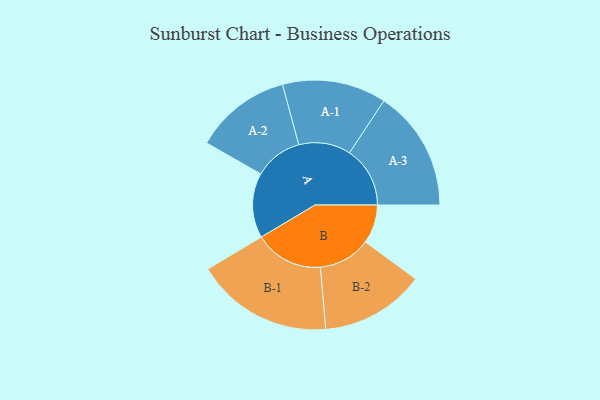
{"axis": {"x": "Segment", "y": "Value"}, "legend": ["", "A", "B"], "data": [{"x": "A", "y": 281, "type": ""}, {"x": "B", "y": 168, "type": ""}, {"x": "A-1", "y": 225, "type": "A"}, {"x": "A-2", "y": 209, "type": "A"}, {"x": "A-3", "y": 262, "type": "A"}, {"x": "B-1", "y": 297, "type": "B"}, {"x": "B-2", "y": 226, "type": "B"}]}